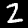
Label: 2